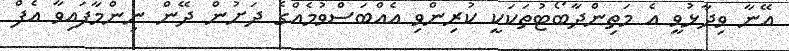
އޭނާ ވިދާޅުވީ އެ މަތިންދާބޯޓުތަކަކީ ކުރިންވި އެއްބަސްވުމެއްގެ ދަށުން ދޭން ނިންމާފައިވާ އެފް